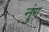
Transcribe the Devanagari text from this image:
नुंग